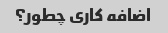
اضافه کاری چطور؟